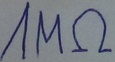
Text: 1MΩ